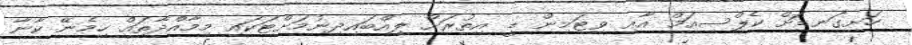
ހަށިގަނޑަށް ކެލްސިއަމް އާއި ވިޓަމިން ޑީ އިތުރަށް ލިއްބައިދިނުމަށްޓަކައި މިމާއްދާތައް ހިމެނޭ ކާނާ